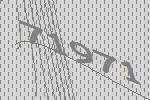
71971